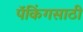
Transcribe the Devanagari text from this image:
पॅकिंगसाठी